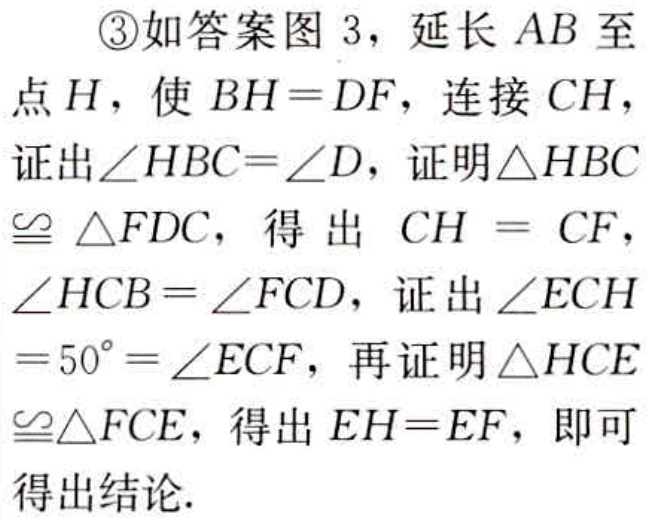
\textcircled{3}如答案图 3，延长 \(AB\) 至点 \(H\)，使 \(BH = DF\)，连接 \(CH\)，证出\(\angle HBC=\angle D\)，证明\(\triangle HBC\cong\triangle FDC\)，得出 \(CH = CF\)，\(\angle HCB=\angle FCD\)，证出\(\angle ECH = 50^{\circ}=\angle ECF\)，再证明\(\triangle HCE\cong\triangle FCE\)，得出 \(EH = EF\)，即可得出结论.